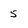
Character: 5